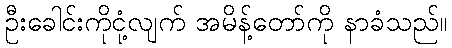
ဦးခေါင်းကိုငုံ့လျက် အမိန့်တော်ကို နာခံသည်။